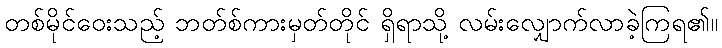
တစ်မိုင်ဝေးသည့် ဘတ်စ်ကားမှတ်တိုင် ရှိရာသို့ လမ်းလျှောက်လာခဲ့ကြရ၏။